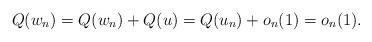
LaTeX: \begin{align*} Q(w_n)=Q(w_n)+Q(u)=Q(u_n)+o_n(1)=o_n(1).\end{align*}